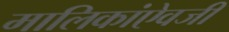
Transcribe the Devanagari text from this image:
मालिकांऐवजी